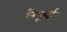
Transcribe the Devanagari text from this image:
लैफूई